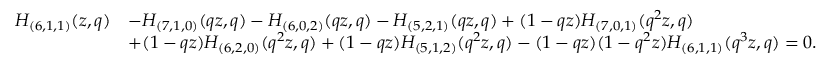
\begin{array} { r l } { H _ { ( 6 , 1 , 1 ) } ( z , q ) } & { - H _ { ( 7 , 1 , 0 ) } ( q z , q ) - H _ { ( 6 , 0 , 2 ) } ( q z , q ) - H _ { ( 5 , 2 , 1 ) } ( q z , q ) + ( 1 - q z ) H _ { ( 7 , 0 , 1 ) } ( q ^ { 2 } z , q ) } \\ & { + ( 1 - q z ) H _ { ( 6 , 2 , 0 ) } ( q ^ { 2 } z , q ) + ( 1 - q z ) H _ { ( 5 , 1 , 2 ) } ( q ^ { 2 } z , q ) - ( 1 - q z ) ( 1 - q ^ { 2 } z ) H _ { ( 6 , 1 , 1 ) } ( q ^ { 3 } z , q ) = 0 . } \end{array}